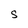
Character: S